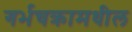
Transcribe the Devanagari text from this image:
गर्भचक्रामधील